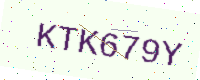
Text: KTK679Y